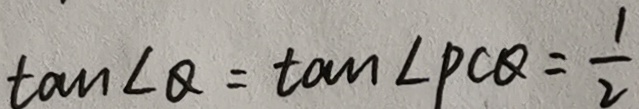
\tan \angle Q = \tan \angle P C Q = \frac { 1 } { 2 }